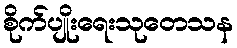
စိုက်ပျိုးရေးသုတေသန